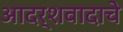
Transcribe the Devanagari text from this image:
आदर्शवादाचे